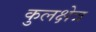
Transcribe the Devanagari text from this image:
कुलक्षेत्र